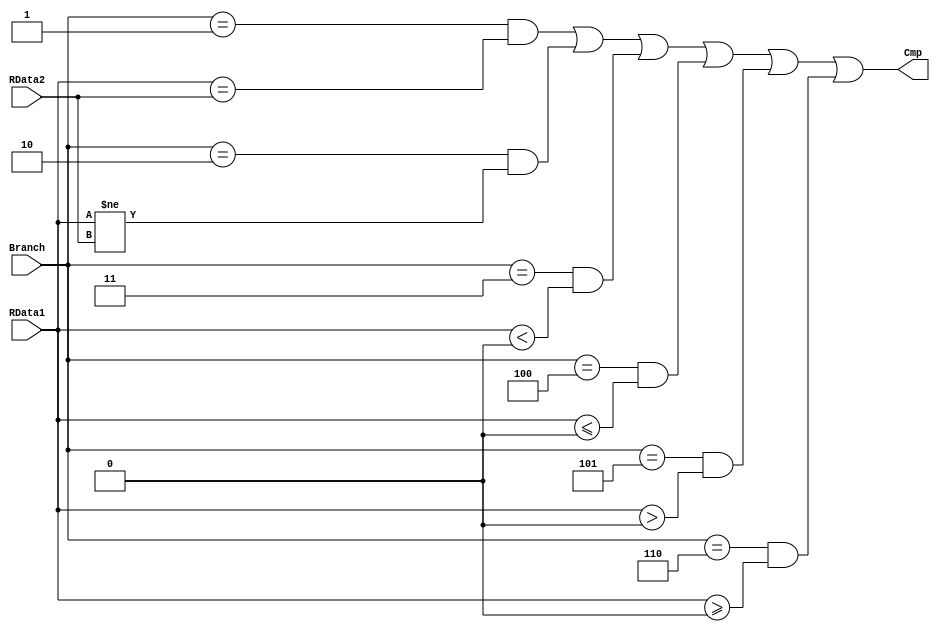
`timescale 1ns / 1ps
//////////////////////////////////////////////////////////////////////////////////
// Company: 
// Engineer: 
// 
// Design Name: 
// Module Name:    CMP 
// Project Name: 
// Target Devices: 
// Tool versions: 
// Description: 
//
// Dependencies: 
//
// Revision: 
// Revision 0.01 - File Created
// Additional Comments: 
//
//////////////////////////////////////////////////////////////////////////////////
module CMP(
	input wire [31:0] RData1,
	input wire [31:0] RData2,
	input wire [3:0] Branch,
	output wire Cmp
    );
	assign Cmp = Branch == 4'h1 & RData1 == RData2 |
				 Branch == 4'h2 & RData1 != RData2 |
				 Branch == 4'h3 & $signed(RData1) < 0 |
				 Branch == 4'h4 & $signed(RData1) <= 0 |
				 Branch == 4'h5 & $signed(RData1) > 0 |
				 Branch == 4'h6 & $signed(RData1) >= 0;
endmodule